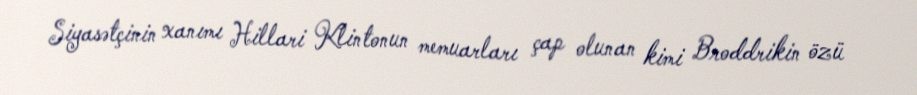
Siyasətçinin xanımı Hillari Klintonun memuarları çap olunan kimi Broddrikin özü